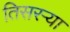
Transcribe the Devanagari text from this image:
तिसरऱ्या